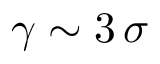
\gamma \sim 3 \, \sigma